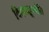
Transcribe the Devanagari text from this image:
विदधद्रूपमेति